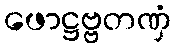
ဖောဋ္ဌဗ္ဗတဏှံ